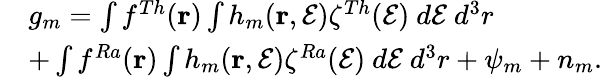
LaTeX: \begin{array}{rl}&{g_{m}=\int f^{Th}(\mathbf{r})\int h_{m}(\mathbf{r},\mathcal{E})\zeta^{Th}(\mathcal{E})~d\mathcal{E}~d^{3}r}\\ &{+\int f^{Ra}(\mathbf{r})\int h_{m}(\mathbf{r},\mathcal{E})\zeta^{Ra}(\mathcal{E})~d\mathcal{E}~d^{3}r+\psi_{m}+n_{m}.}\end{array}